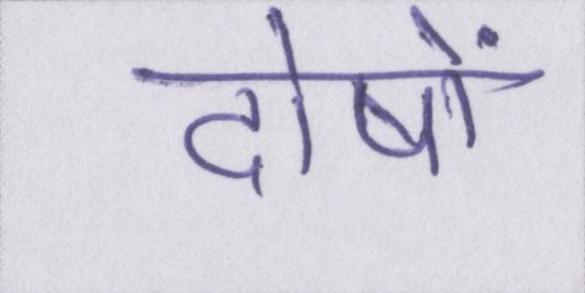
दोषों